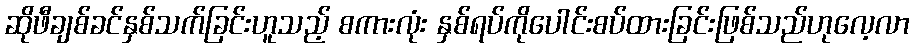
ဆိုဖီချစ်ခင်နှစ်သက်ခြင်းဟူသည့် စကားလုံး နှစ်ရပ်ကိုပေါင်းစပ်ထားခြင်းဖြစ်သည်ဟုလေ့လာ